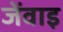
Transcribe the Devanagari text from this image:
जेंवाइ